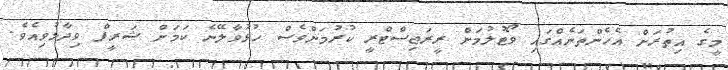
މީގެ އިތުރަށް އެހެންތަނެއްގައި ވޯޓުލުމަށް ރީރަޖިސްޓްރީ ކުރުމަށްވެސް ހުޅުވާލޭނެ ކަމަށް ޝަރީފް ވިދާޅުވިިއެވެ.